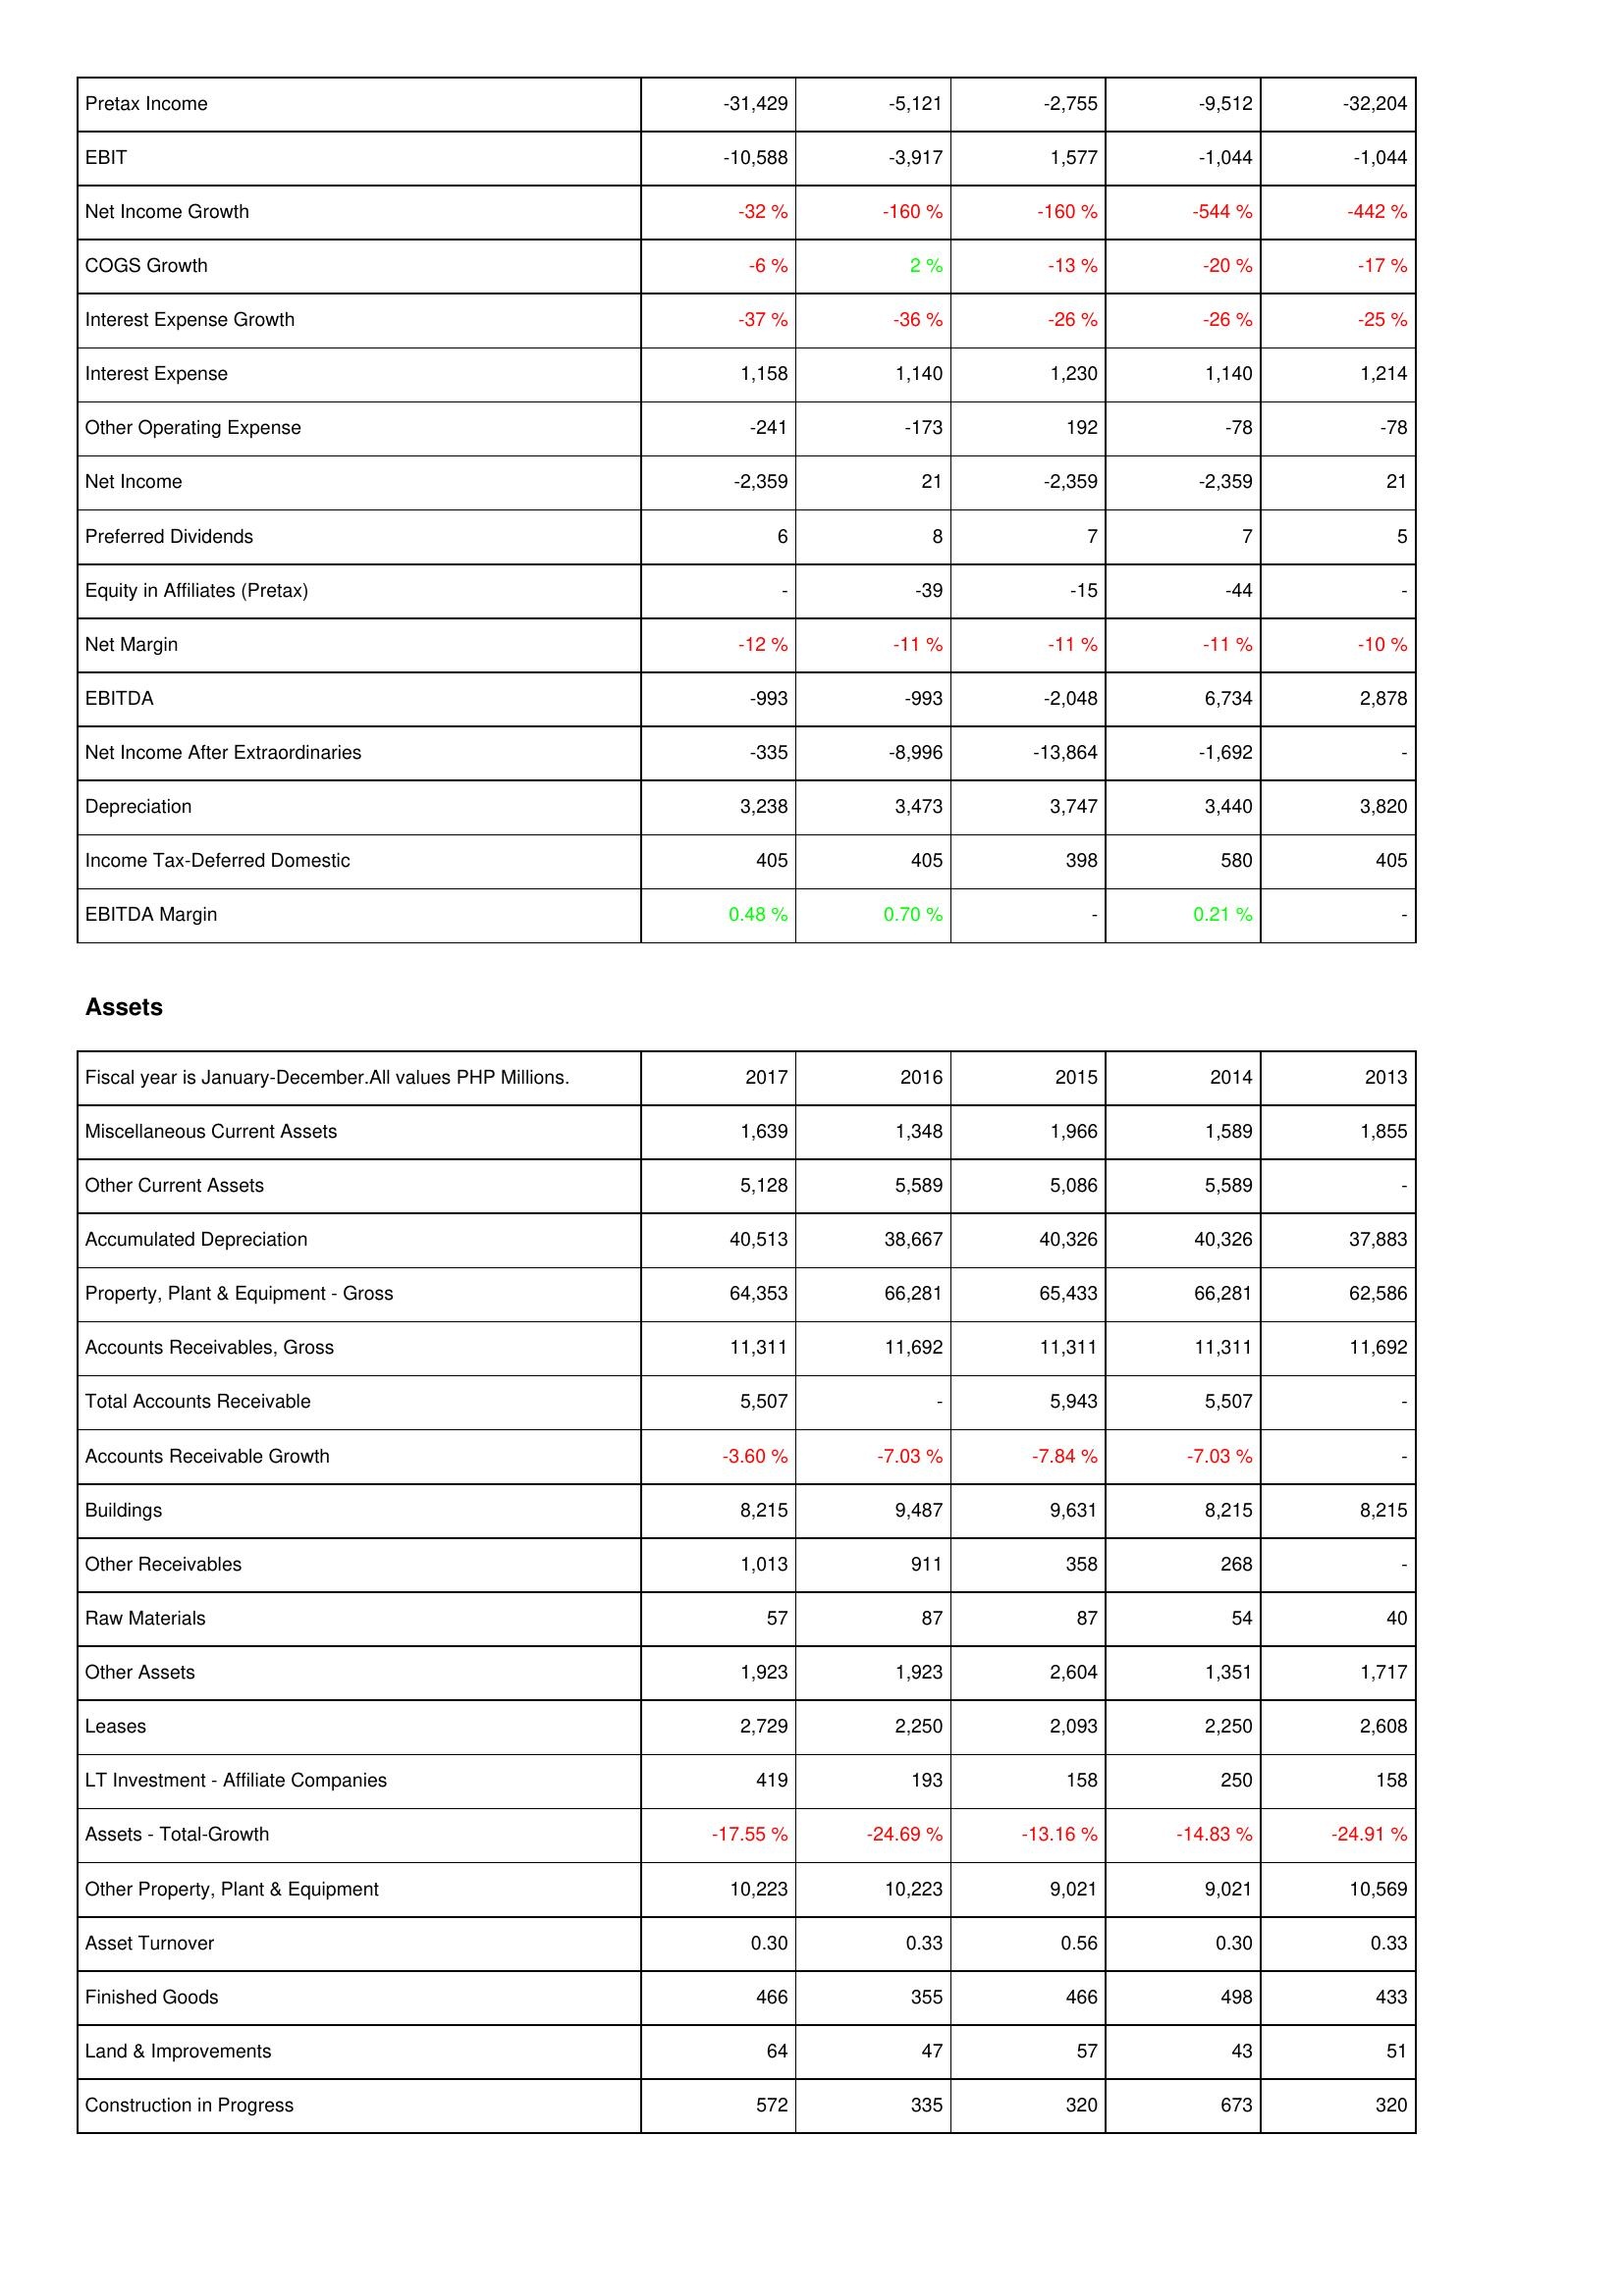
2017: Income Statement: Pretax Income: -31,429
EBIT: -10,588
Net Income Growth: -32 %
COGS Growth: -6 %
Interest Expense Growth: -37 %
Interest Expense: 1,158
Other Operating Expense: -241
Net Income: -2,359
Preferred Dividends: 6
Equity in Affiliates (Pretax): -
Net Margin: -12 %
EBITDA: -993
Net Income After Extraordinaries: -335
Depreciation: 3,238
Income Tax-Deferred Domestic: 405
EBITDA Margin: 0.48 %
Assets: Miscellaneous Current Assets: 1,639
Other Current Assets: 5,128
Accumulated Depreciation: 40,513
Property, Plant & Equipment - Gross: 64,353
Accounts Receivables, Gross: 11,311
Total Accounts Receivable: 5,507
Accounts Receivable Growth: -3.60 %
Buildings: 8,215
Other Receivables: 1,013
Raw Materials: 57
Other Assets: 1,923
Leases: 2,729
LT Investment - Affiliate Companies: 419
Assets - Total-Growth: -17.55 %
Other Property, Plant & Equipment: 10,223
Asset Turnover: 0.30
Finished Goods: 466
Land & Improvements: 64
Construction in Progress: 572
2016: Income Statement: Pretax Income: -5,121
EBIT: -3,917
Net Income Growth: -160 %
COGS Growth: 2 %
Interest Expense Growth: -36 %
Interest Expense: 1,140
Other Operating Expense: -173
Net Income: 21
Preferred Dividends: 8
Equity in Affiliates (Pretax): -39
Net Margin: -11 %
EBITDA: -993
Net Income After Extraordinaries: -8,996
Depreciation: 3,473
Income Tax-Deferred Domestic: 405
EBITDA Margin: 0.70 %
Assets: Miscellaneous Current Assets: 1,348
Other Current Assets: 5,589
Accumulated Depreciation: 38,667
Property, Plant & Equipment - Gross: 66,281
Accounts Receivables, Gross: 11,692
Total Accounts Receivable: -
Accounts Receivable Growth: -7.03 %
Buildings: 9,487
Other Receivables: 911
Raw Materials: 87
Other Assets: 1,923
Leases: 2,250
LT Investment - Affiliate Companies: 193
Assets - Total-Growth: -24.69 %
Other Property, Plant & Equipment: 10,223
Asset Turnover: 0.33
Finished Goods: 355
Land & Improvements: 47
Construction in Progress: 335
2015: Income Statement: Pretax Income: -2,755
EBIT: 1,577
Net Income Growth: -160 %
COGS Growth: -13 %
Interest Expense Growth: -26 %
Interest Expense: 1,230
Other Operating Expense: 192
Net Income: -2,359
Preferred Dividends: 7
Equity in Affiliates (Pretax): -15
Net Margin: -11 %
EBITDA: -2,048
Net Income After Extraordinaries: -13,864
Depreciation: 3,747
Income Tax-Deferred Domestic: 398
EBITDA Margin: -
Assets: Miscellaneous Current Assets: 1,966
Other Current Assets: 5,086
Accumulated Depreciation: 40,326
Property, Plant & Equipment - Gross: 65,433
Accounts Receivables, Gross: 11,311
Total Accounts Receivable: 5,943
Accounts Receivable Growth: -7.84 %
Buildings: 9,631
Other Receivables: 358
Raw Materials: 87
Other Assets: 2,604
Leases: 2,093
LT Investment - Affiliate Companies: 158
Assets - Total-Growth: -13.16 %
Other Property, Plant & Equipment: 9,021
Asset Turnover: 0.56
Finished Goods: 466
Land & Improvements: 57
Construction in Progress: 320
2014: Income Statement: Pretax Income: -9,512
EBIT: -1,044
Net Income Growth: -544 %
COGS Growth: -20 %
Interest Expense Growth: -26 %
Interest Expense: 1,140
Other Operating Expense: -78
Net Income: -2,359
Preferred Dividends: 7
Equity in Affiliates (Pretax): -44
Net Margin: -11 %
EBITDA: 6,734
Net Income After Extraordinaries: -1,692
Depreciation: 3,440
Income Tax-Deferred Domestic: 580
EBITDA Margin: 0.21 %
Assets: Miscellaneous Current Assets: 1,589
Other Current Assets: 5,589
Accumulated Depreciation: 40,326
Property, Plant & Equipment - Gross: 66,281
Accounts Receivables, Gross: 11,311
Total Accounts Receivable: 5,507
Accounts Receivable Growth: -7.03 %
Buildings: 8,215
Other Receivables: 268
Raw Materials: 54
Other Assets: 1,351
Leases: 2,250
LT Investment - Affiliate Companies: 250
Assets - Total-Growth: -14.83 %
Other Property, Plant & Equipment: 9,021
Asset Turnover: 0.30
Finished Goods: 498
Land & Improvements: 43
Construction in Progress: 673
2013: Income Statement: Pretax Income: -32,204
EBIT: -1,044
Net Income Growth: -442 %
COGS Growth: -17 %
Interest Expense Growth: -25 %
Interest Expense: 1,214
Other Operating Expense: -78
Net Income: 21
Preferred Dividends: 5
Equity in Affiliates (Pretax): -
Net Margin: -10 %
EBITDA: 2,878
Net Income After Extraordinaries: -
Depreciation: 3,820
Income Tax-Deferred Domestic: 405
EBITDA Margin: -
Assets: Miscellaneous Current Assets: 1,855
Other Current Assets: -
Accumulated Depreciation: 37,883
Property, Plant & Equipment - Gross: 62,586
Accounts Receivables, Gross: 11,692
Total Accounts Receivable: -
Accounts Receivable Growth: -
Buildings: 8,215
Other Receivables: -
Raw Materials: 40
Other Assets: 1,717
Leases: 2,608
LT Investment - Affiliate Companies: 158
Assets - Total-Growth: -24.91 %
Other Property, Plant & Equipment: 10,569
Asset Turnover: 0.33
Finished Goods: 433
Land & Improvements: 51
Construction in Progress: 320